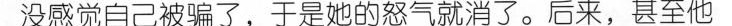
没感觉自己被骗了，于是她的怒气就消了。后来，甚至他